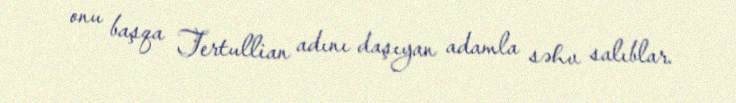
onu başqa Tertullian adını daşıyan adamla səhv salıblar.